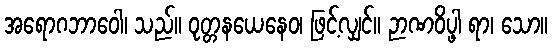
အရောဂဘာဝေါ၊ သည်။ ဝုတ္တနယေနေဝ၊ ဖြင့်လျှင်။ ဉာဏဝိပ္ဖါ ရာ၊ သော။